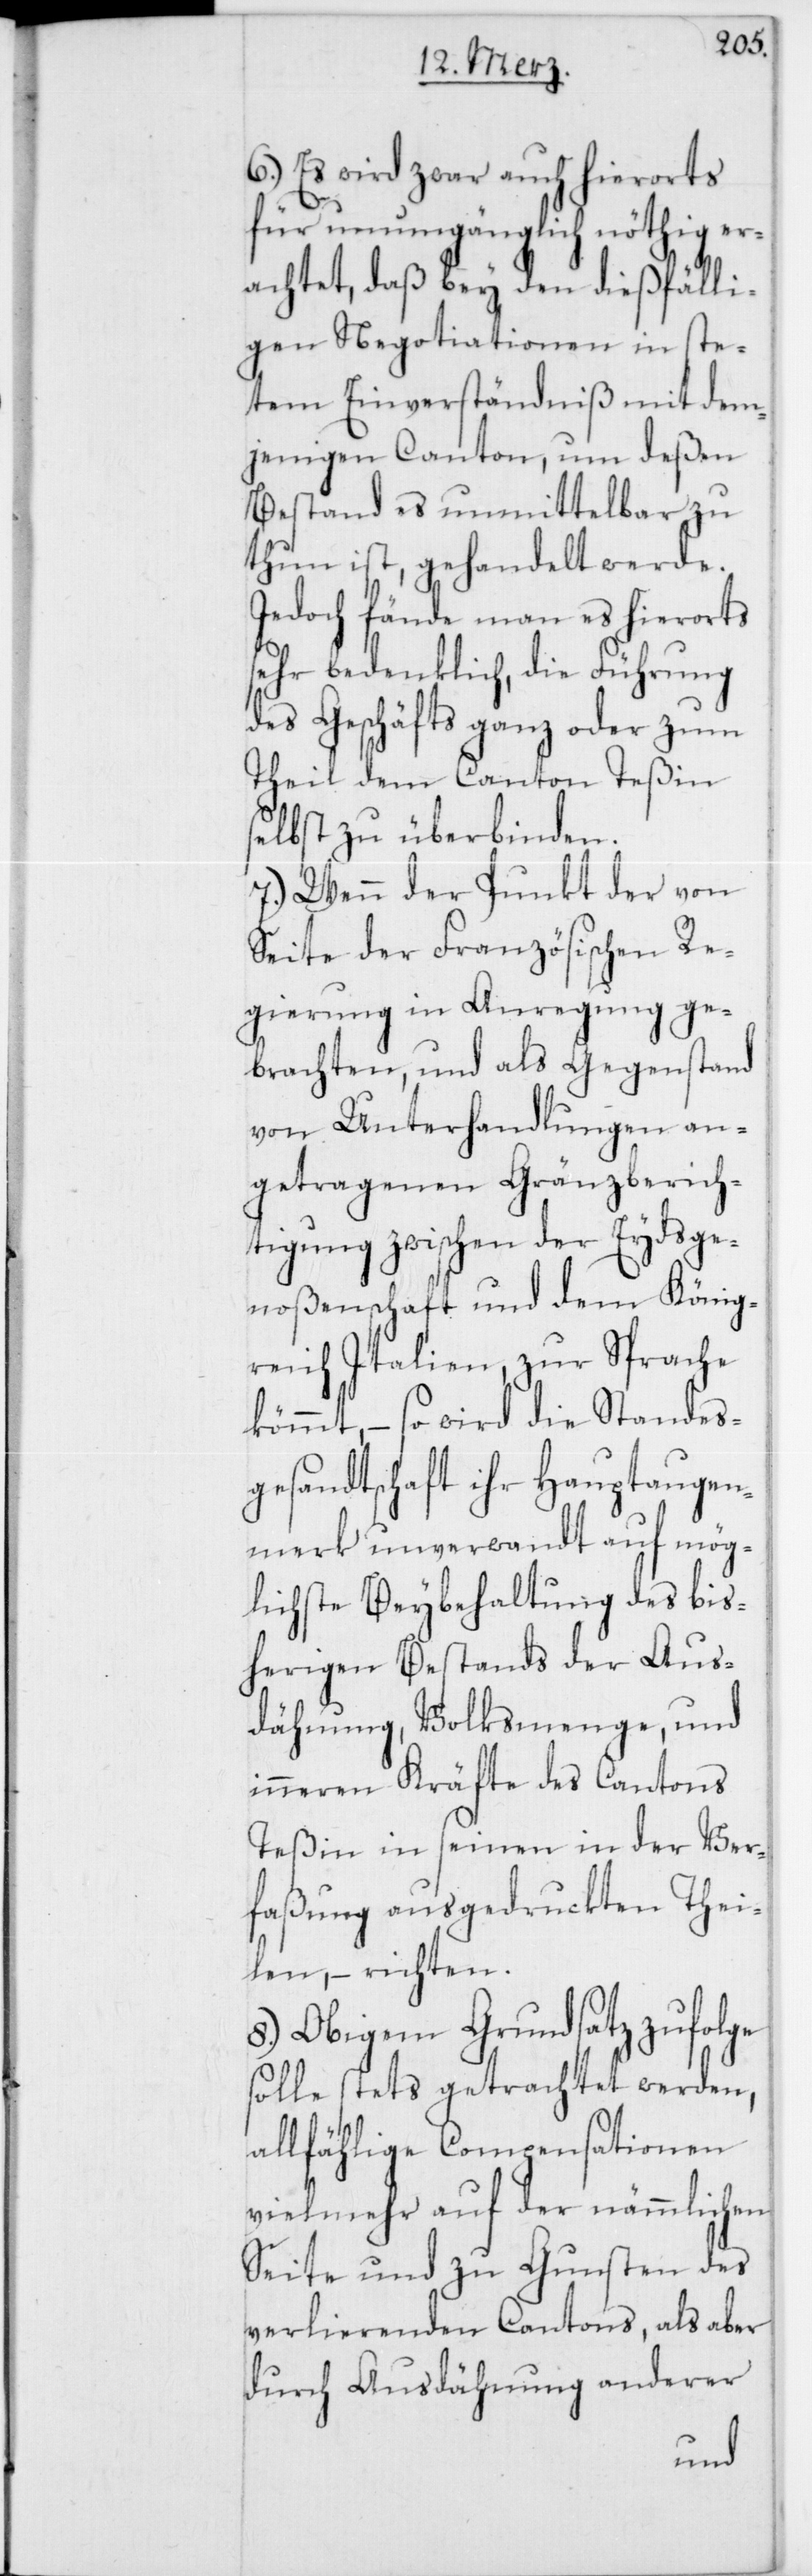
6.) Es wird zwar auch hierorts
für unumgänglich nöthig er¬
achtet, daß bey den dießfälli¬
gen Negotiationen in ste¬
tem Einverständniß mit dem¬
jenigen Canton, um deßen
Bestand es unmittelbar zu
thun ist, gehandelt werde.
Jedoch fände man es hierorts
sehr bedenklich, die Führung
des Geschäfts ganz oder zum
Theil dem Canton Teßin
selbst zu überbinden.
7.) Wenn der Punkt der von
Seite der Französischen Re¬
gierung in Anregung ge¬
brachten, und als Gegenstand
von Unterhandlungen an¬
getragenen Gränzberich¬
tigung zwischen der Eydsge¬
noßenschaft und dem König¬
reich Italien, zur Sprache
kömmt, – so wird die Standes¬
gesandtschaft ihr Hauptaugen¬
merk unverwandt auf mög¬
lichste Beybehaltung des bis¬
herigen Bestands der Aus¬
dähnung, Volksmenge, und
inneren Kräfte des Cantons
Teßin in seinen in der Ver¬
faßung ausgedruckten Thei¬
len, – richten.
8.) Obigem Grundsatz zufolge
solle stets getrachtet werden,
allfählige Compensationen
vielmehr auf der nämmlichen
Seite und zu Gunsten des
verlierenden Cantons, als aber
durch Ausdähnung anderer